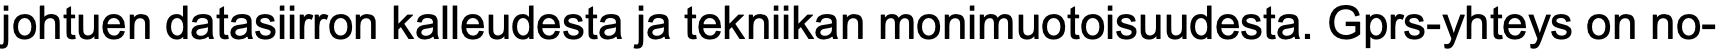
johtuen datasiirron kalleudesta ja tekniikan monimuotoisuudesta. Gprs-yhteys on no-